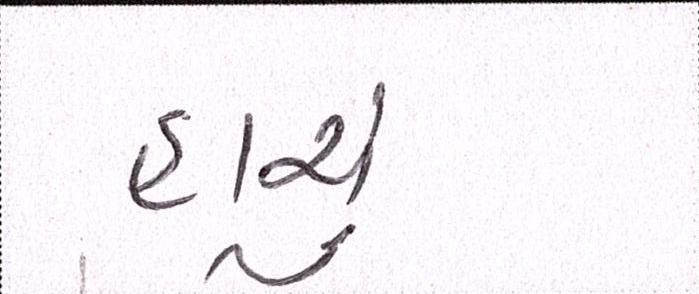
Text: હાચું